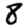
Digit: 8